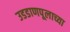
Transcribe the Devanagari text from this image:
उडडाणपूलाच्या